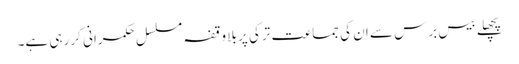
پچھلے بیس برس سے ان کی جماعت ترکی پر بلا وقفہ مسلسل حکمرانی کر رہی ہے۔